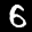
Label: 6